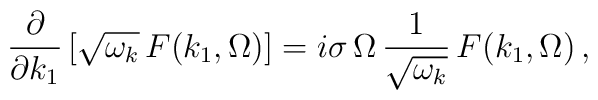
\frac{\partial}{\partial k_1}\left[ \sqrt{\omega_k} \,   F(k_1, \Omega)\right] =   i \sigma\,\Omega \, \frac{1}{\sqrt{\omega_k}} \,   F(k_1, \Omega)\,,